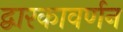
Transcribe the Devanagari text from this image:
द्वारकावर्णन